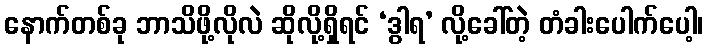
နောက်တစ်ခု ဘာသိဖို့လိုလဲ ဆိုလို့ရှိရင် ‘ဒွါရ’ လို့ခေါ်တဲ့ တံခါးပေါက်ပေါ့၊